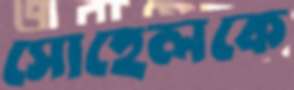
সোহেলকে